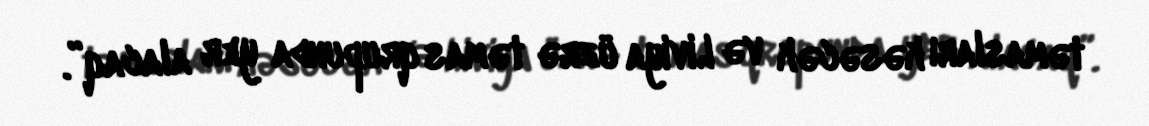
təmasları kəsəcək və Liviya üzrə təmas qrupunda yer alacaq”.